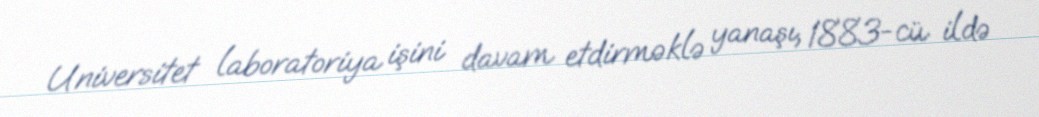
Universitet laboratoriya işini davam etdirməklə yanaşı, 1883-cü ildə